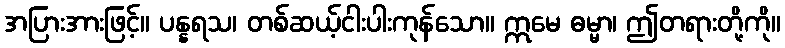
အပြားအားဖြင့်။ ပန္နရသ၊ တစ်ဆယ့်ငါးပါးကုန်သော။ ဣမေ ဓမ္မာ၊ ဤတရားတို့ကို။